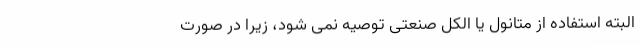
البته استفاده از متانول یا الکل صنعتی توصیه نمی شود، زیرا در صورت